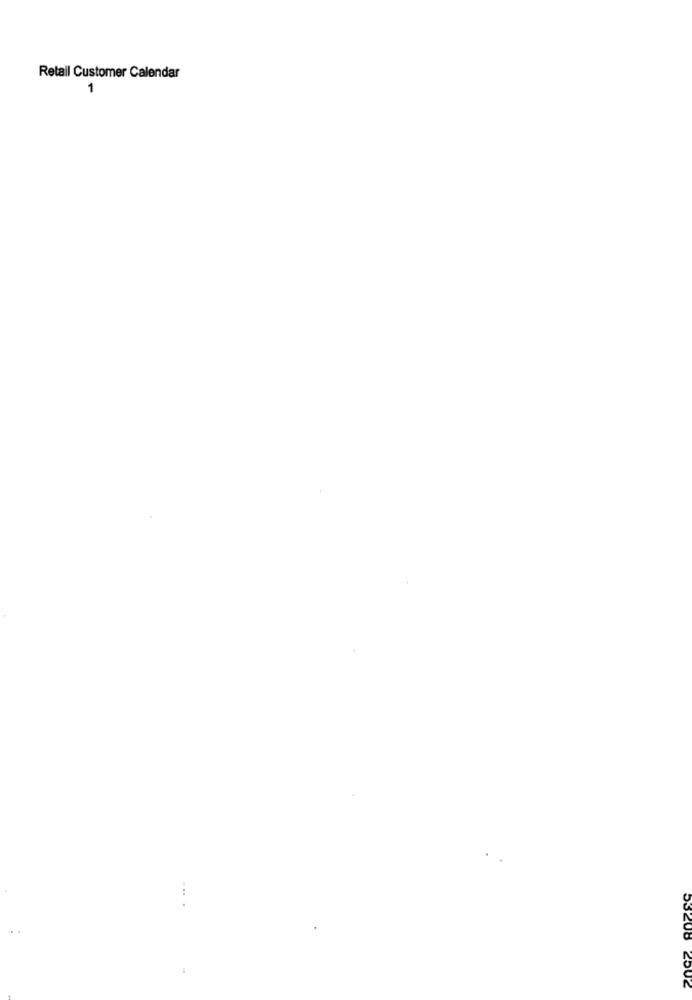
Retail Customer Calendar
-
53208 2502